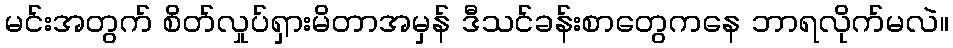
မင်းအတွက် စိတ်လှုပ်ရှားမိတာအမှန် ဒီသင်ခန်းစာတွေကနေ ဘာရလိုက်မလဲ။